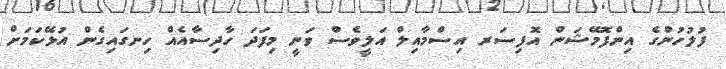
ފުލުހުންގެ އިންފޮމޭޝަން އޮފިސަރ އިސްމާއިލް އަލީވެސް ވަނީ މިފަދަ ހާދިސާއެއް ހިނގައިގެން އުޅޭކަމަށް